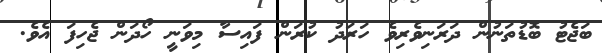
ބަޖެޓު ބޮޑުތަނުން ދަރަނިވެރިވެ ހަރަދު ކުރަން ފައިސާ މިވަނީ ހޯދަން ޖެހިފަ އެވެ.